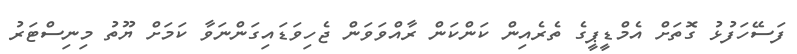
ފަސޭހަފުޅު ގޮތަށް އެމްޑީޕީގެ ތެރެއިން ކަންކަން ރާއްވަވަން ޖެހިވަޑައިގަންނަވާ ކަމަށް ޔޫތު މިނިސްޓަރު